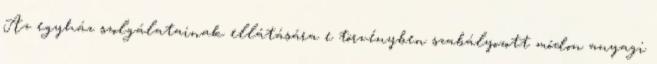
Az egyház szolgálatainak ellátására e törvényben szabályozott módon anyagi